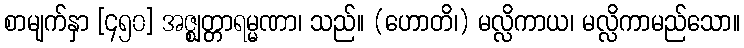
စာမျက်နှာ [၄၅၀] အဇ္ဈတ္တာရမ္မဏာ၊ သည်။ (ဟောတိ၊) မလ္လိကာယ၊ မလ္လိကာမည်သော။